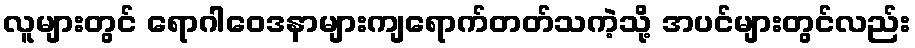
လူများတွင် ရောဂါဝေဒနာများကျရောက်တတ်သကဲ့သို့ အပင်များတွင်လည်း